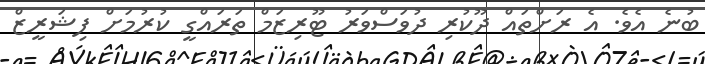
ބުނެ އެވެ. އެ ރަށްތައް ދޫކުރި ދުވަސްވަރު ޓޫރިޒަމް ތަރައްގީ ކުރުމަށް ފިޝަރީޒް